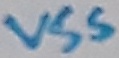
Text: VSS